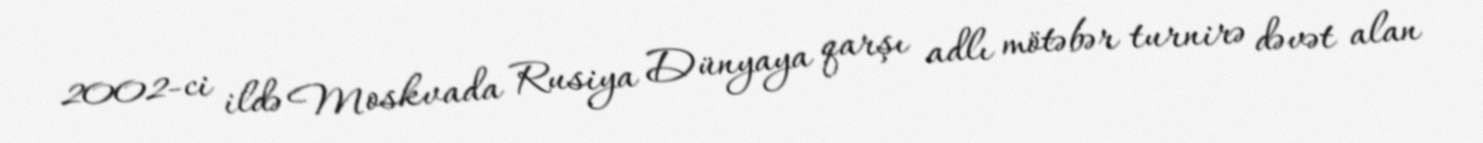
2002-ci ildə Moskvada Rusiya Dünyaya qarşı adlı mötəbər turnirə dəvət alan